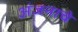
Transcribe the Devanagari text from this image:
अंजनाचे